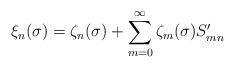
LaTeX: \begin{align*}\xi_n(\sigma) = \zeta_n(\sigma) + \sum_{m=0}^\infty \zeta_m(\sigma) S'_{mn} \end{align*}